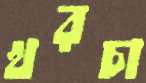
খরচা